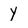
Character: y